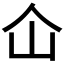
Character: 仚